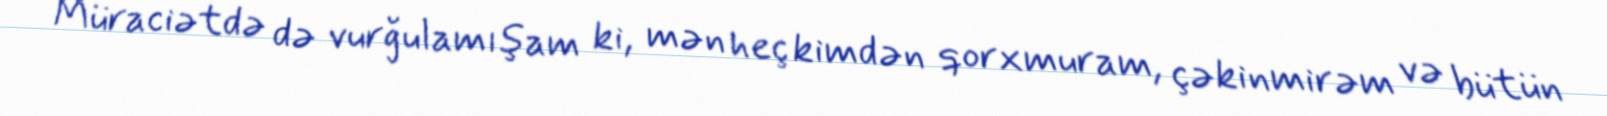
Müraciətdə də vurğulamışam ki, mən heç kimdən qorxmuram, çəkinmirəm və bütün